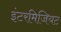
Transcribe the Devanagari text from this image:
इंटरमिजियट